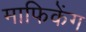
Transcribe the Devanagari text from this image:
माफिकेंग